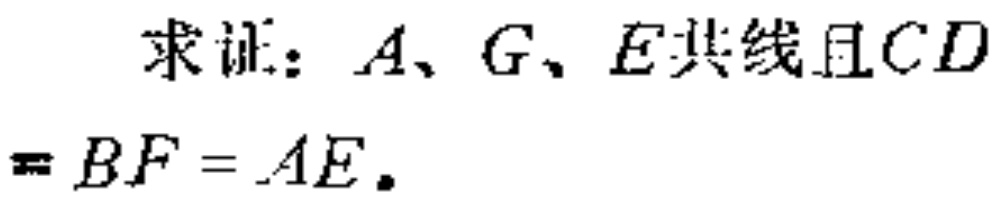
求证：$A、G、E$共线且$CD = BF = AE.$